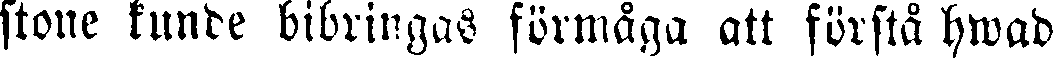
stone kunde bibringas förmåga att förstå hwad